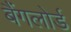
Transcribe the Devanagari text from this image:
बैंगलोर्ड